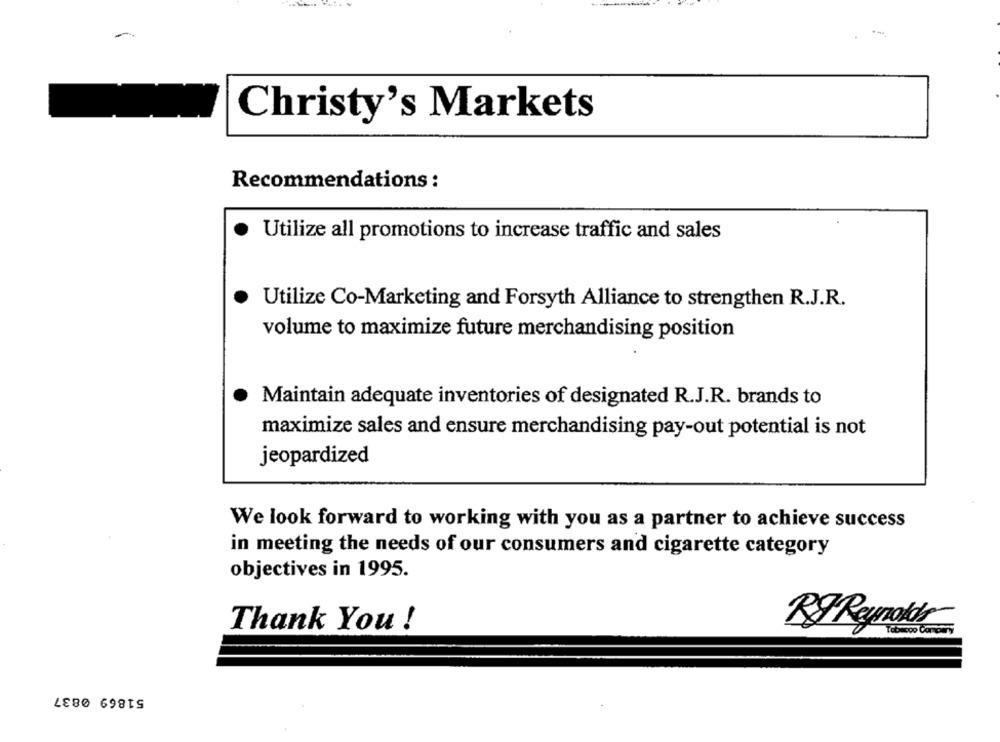
Christy's Markets
Recommendations :
Utilize all promotions to increase traffic and sales
Utilize Co-Marketing and Forsyth Alliance to strengthen R.J.R.
volume to maximize future merchandising position
Maintain adequate inventories of designated R.J.R. brands to
maximize sales and ensure merchandising pay-out potential is not
jeopardized
We look forward to working with you as a partner to achieve success
in meeting the needs of our consumers and cigarette category
objectives in 1995.
Thank You !
RJ Reynolds
51869 0837